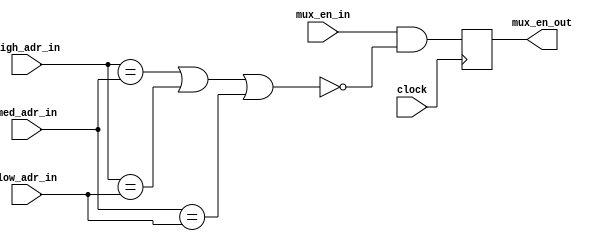
module mux_protect (
  input clock,

  input  [3:0] high_adr_in,
  input  [3:0] med_adr_in,
  input  [3:0] low_adr_in,

  input mux_en_in,

  output reg mux_en_out

);


// we want to prevent mux address conflicts to keep from sending two pulses to the same channel

wire short_high_med = (high_adr_in==med_adr_in);
wire short_high_low = (high_adr_in==low_adr_in);
wire short_med_low  = ( med_adr_in==low_adr_in);

wire short = short_high_med || short_high_low || short_med_low;

always @(posedge clock) begin
 mux_en_out <= mux_en_in && !short;
end

endmodule